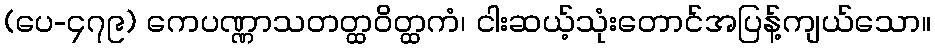
(ပေ-၄၇၉) ကေပဏ္ဏာသတတ္ထဝိတ္ထကံ၊ ငါးဆယ့်သုံးတောင်အပြန့်ကျယ်သော။